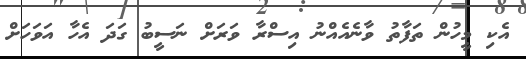
އެކި މީހުން ތަފާތު ވާނެއެއްނު އިސްރާ ވަރަށް ނަސީބު ގަދަ އެހާ އަވަހަށް